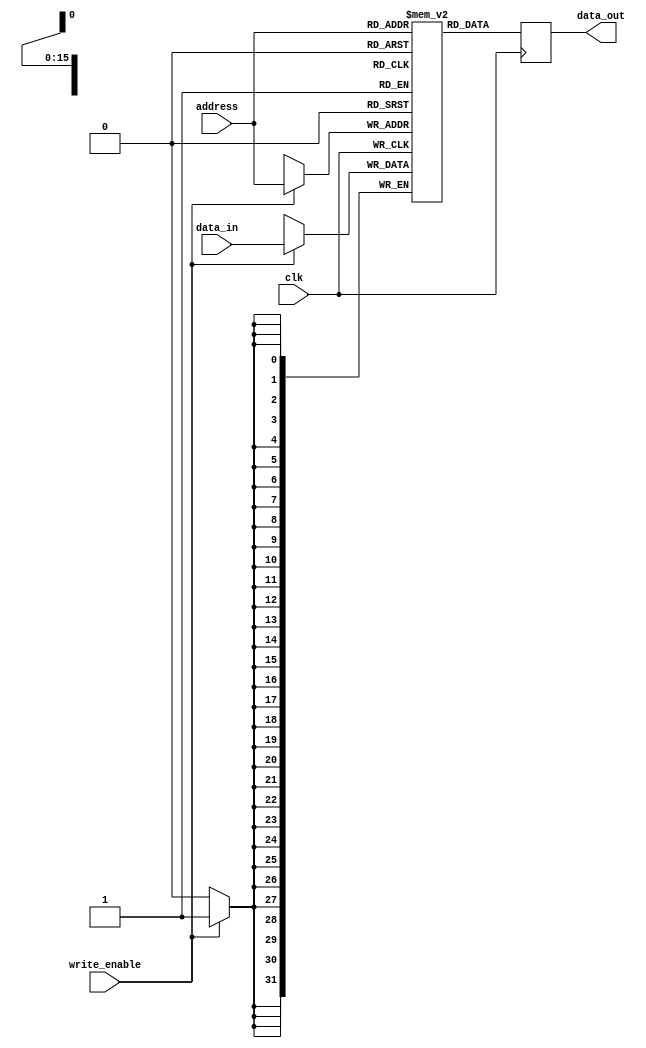
//
// verilog that synthesizes to single port RAM
// 32 bit address width 10 to 13 uses 1 SP RAM
//

`default_nettype none
`define DBG
`define INFO

module SPBRAM #(
    parameter ADDRESS_BITWIDTH = 16,
    parameter DATA_BITWIDTH = 32
) (
    input wire clk,
    input wire write_enable,
    input wire [ADDRESS_BITWIDTH-1:0] address,
    output reg [DATA_BITWIDTH-1:0] data_out,
    input wire [DATA_BITWIDTH-1:0] data_in
);

  reg [DATA_BITWIDTH-1:0] data[2**ADDRESS_BITWIDTH-1:0];

  always @(posedge clk) begin
    if (write_enable == 1) begin
      data[address] <= data_in;
    end
    data_out <= data[address];
  end

endmodule

`undef DBG
`undef INFO
`default_nettype wire